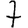
Digit: 7